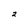
Character: 2